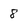
Character: 8